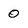
Character: 0